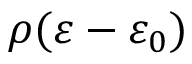
\rho ( \varepsilon - \varepsilon _ { 0 } )